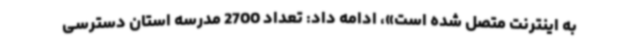
به اینترنت متصل شده است»، ادامه داد: تعداد 2700 مدرسه استان دسترسی